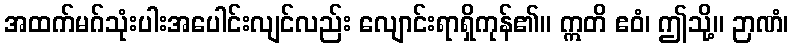
အထက်မဂ်သုံးပါးအပေါင်းလျင်လည်း လျောင်းရာရှိကုန်၏။ ဣတိ ဧဝံ၊ ဤသို့။ ဉာဏံ၊